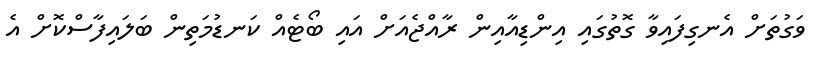
ވަގުތަށް އެނގިފައިވާ ގޮތުގައި އިންޑިއާއިން ރާއްޖެއަށް އައި ބޯޓެއް ކަނޑުމަތިން ބަލައިފާސްކޮށް އެ